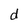
Character: d